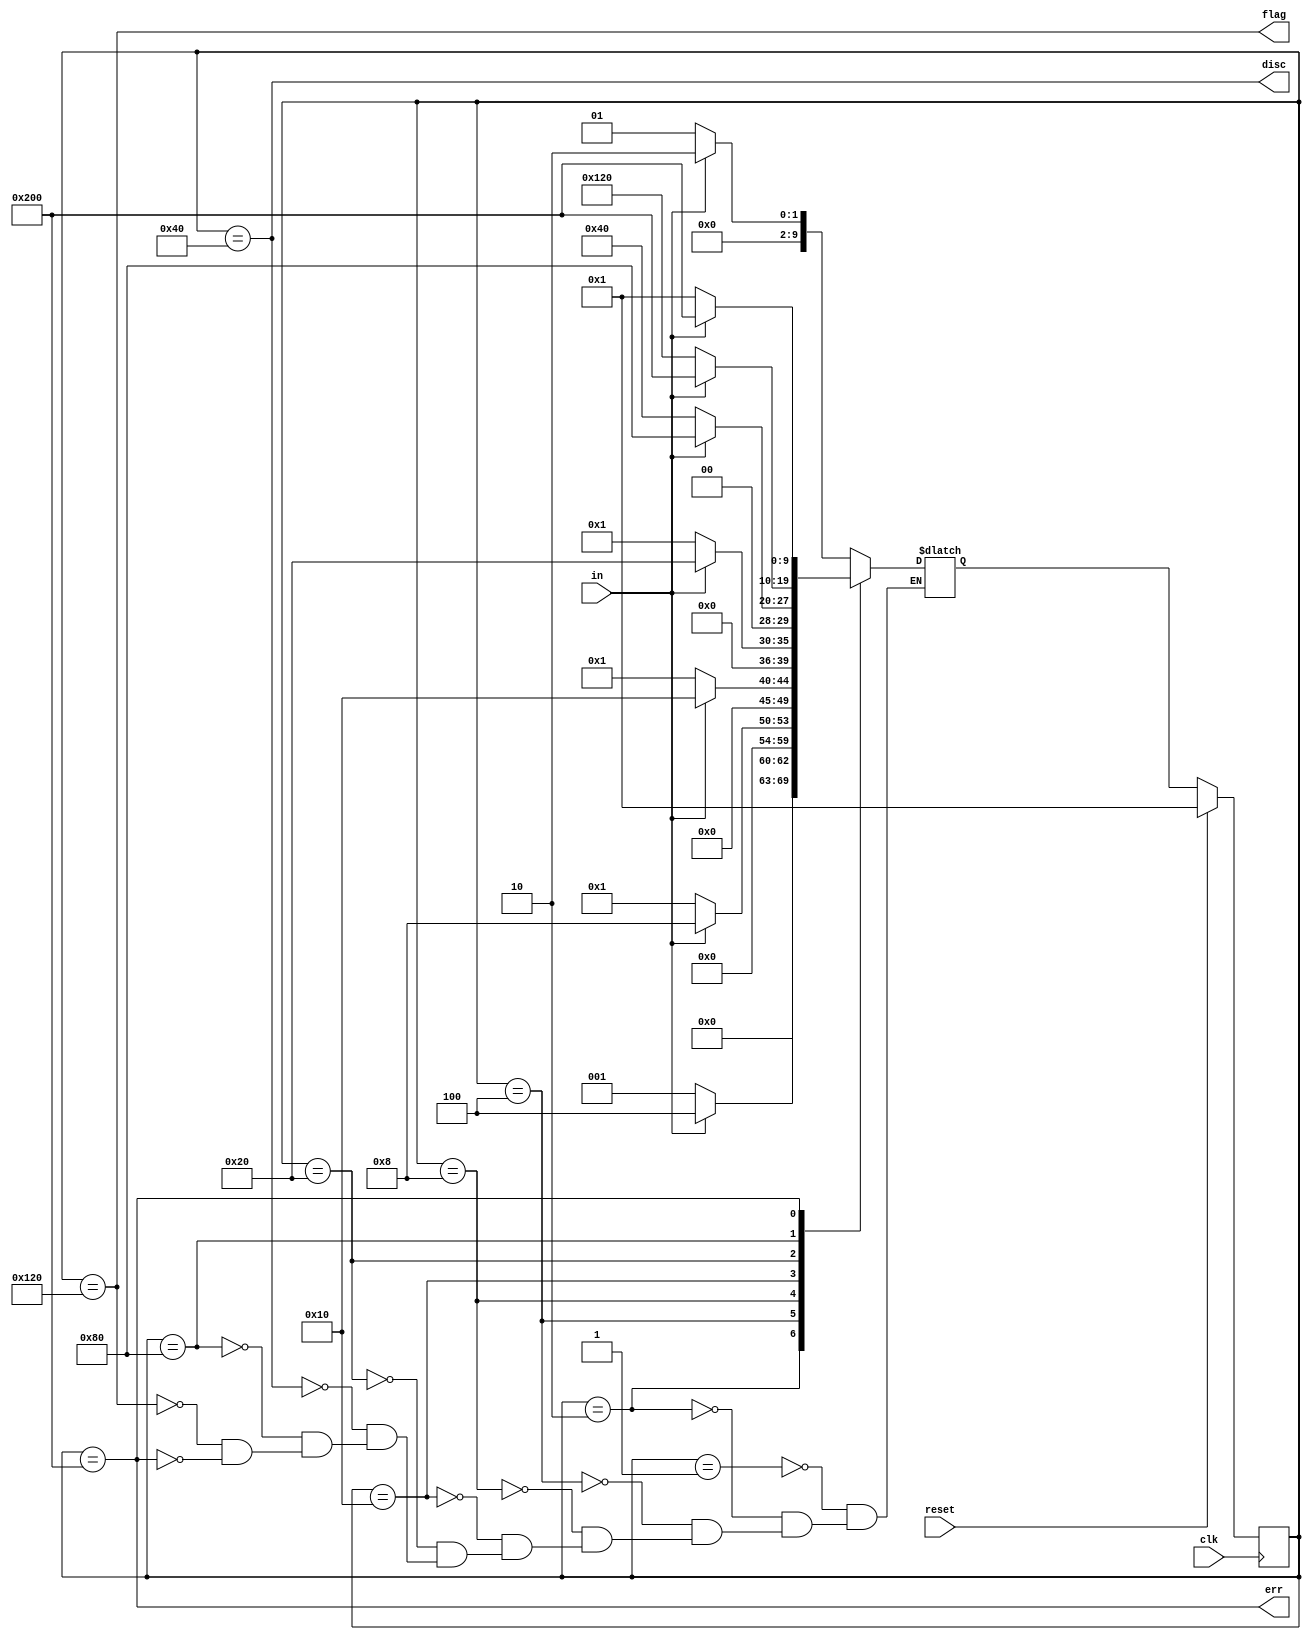
module top_module(
    input clk,
    input reset,    // Synchronous reset
    input in,
    output disc,
    output flag,
    output err);
    parameter sta0=10'b0000_000_001;
    parameter sta1=10'b0000_000_010;
    parameter sta2=10'b0000_000_100;
    parameter sta3=10'b0000_001_000;
    parameter sta4=10'b0000_010_000;
    parameter sta5=10'b0000_100_000;
    parameter discard=10'b0001_000_000;
    parameter sta6=10'b0010_000_000;
    parameter flagg=10'b0100_100_000;
    parameter error=10'b1000_000_000;
    reg [9:0]state;
    reg[9:0]next;
    always @(posedge clk ) begin
        if (reset) begin
            state<=sta0;
        end
        else  begin
            state<=next;
        end
    end
    always @(*) begin
        case(state)
        sta0:next=(in)?sta1:sta0;
        sta1:next=(in)?sta2:sta0;
        sta2:next=(in)?sta3:sta0;
        sta3:next=(in)?sta4:sta0;
        sta4:next=(in)?sta5:sta0;
        sta5:next=(in)?sta6:discard;
        discard:next=(in)?sta1:sta0;
        sta6:next=(in)?error:flagg;
        flagg:next=(in)?sta1:sta0;
        error:next=(in)?error:sta0;
        endcase
    end
    assign disc = (state==discard);
    assign flag = (state==flagg);
    assign err = (state==error);
endmodule